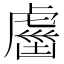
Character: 𧇏